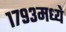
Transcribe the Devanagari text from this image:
१७९३मध्ये